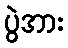
ပွဲအား